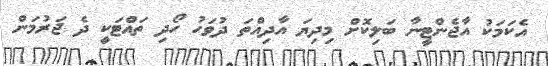
އެކަމަކު އާޖެންޓީނާ ބަލިކޮށް މިދިޔަ އާދިއްތަ ދުވަހު ހޯދި ތައްޓަކީ ދެ ޖަރުމަން